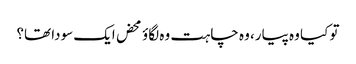
تو کیا وہ پیار، وہ چاہت وہ لگاؤ محض ایک سودا تھا؟